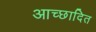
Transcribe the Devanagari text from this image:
आच्‍छादित